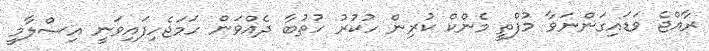
ރާއްޖެ ވަޑައިގަންނަވާ މުފްތީ މެންކް ކުރިން ހުކުރު ހުތުބާ ދެއްވަން ހަމަޖެހިފައިވަނީ އިސްލާމީ